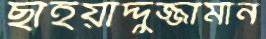
ছাইয়াদ্দুজ্জামান